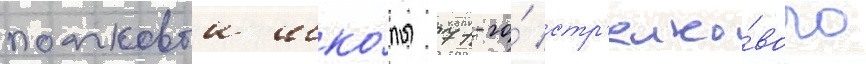
полковои шко́лы 71-го́ стр'елко́вого